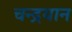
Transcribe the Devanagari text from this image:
चन्‍द्रयान